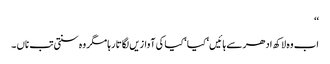
‘‘
اب وہ لاکھ ادھر سے ہائیں‘ کیا ‘ کیا کی آوازیں لگاتا رہا مگر وہ سنتی تب ناں ۔